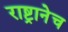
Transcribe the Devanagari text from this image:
राष्ट्रानेच